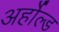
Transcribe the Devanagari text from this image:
अर्होल्ड